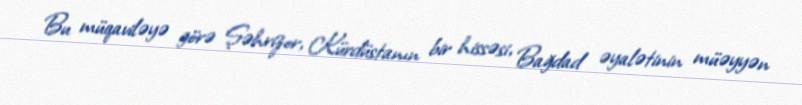
Bu müqaviləyə görə Şəhrizor, Kürdüstanın bir hissəsi, Bağdad əyalətinin müəyyən